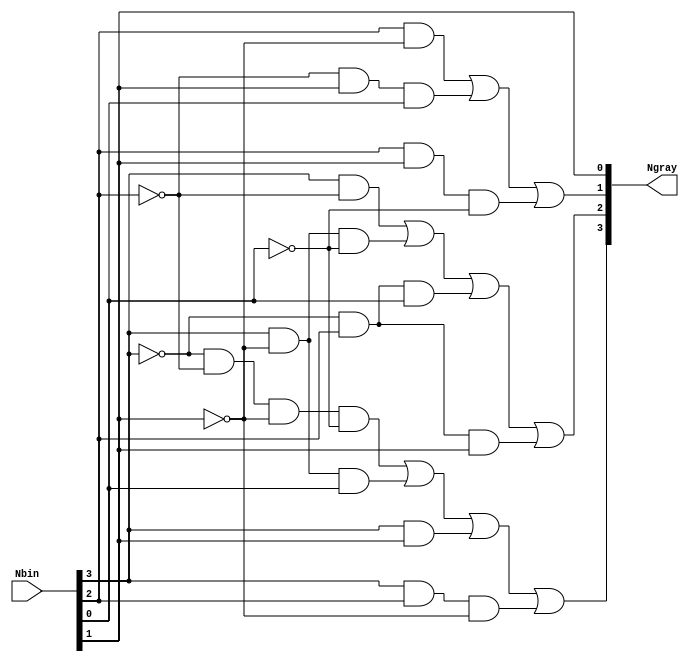
module grayenc (
input [3:0] Nbin,
output [3:0] Ngray
);

wire w1,w2,w3,w4,w6,w7,w8,w9,w11,w12,w13;
and(w1,~Nbin[3],~Nbin[2],~Nbin[1],~Nbin[0]);
and(w2,Nbin[3],~Nbin[1],Nbin[0]);
and(w3,Nbin[3],Nbin[1]);
and(w4,Nbin[3],Nbin[2],~Nbin[1]);
or(Ngray[3],w1,w2,w3,w4);

and(w6,Nbin[3],~Nbin[2]);
and(w7,Nbin[3],~Nbin[1],~Nbin[0]);
and(w8,~Nbin[3],Nbin[2],Nbin[0]);
and(w9,~Nbin[3],Nbin[2],Nbin[1]);
or(Ngray[2],w6,w7,w8,w9);

and(w11,Nbin[2],~Nbin[1]);
and(w12,~Nbin[2],Nbin[1],Nbin[0]);
and(w13,Nbin[2],Nbin[1],~Nbin[0]);
or(Ngray[1],w11,w12,w13);

and(Ngray[0],Nbin[1], 1);

endmodule